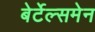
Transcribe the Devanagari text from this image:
बेर्टेल्समेन